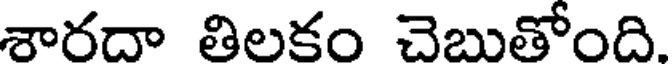
శారదా తిలకం చెబుతోంది.